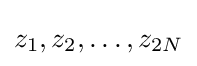
z_{1},z_{2},\ldots ,z_{2N}